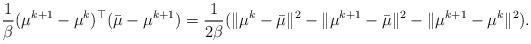
LaTeX: \begin{align*} \frac{1}{\beta}(\mu^{k+1} - \mu^k)^\top (\bar \mu - \mu^{k+1}) = \frac{1}{2\beta}(\|\mu^k - \bar \mu\|^2 - \|\mu^{k+1} - \bar \mu\|^2 - \|\mu^{k+1} - \mu^k\|^2). \end{align*}